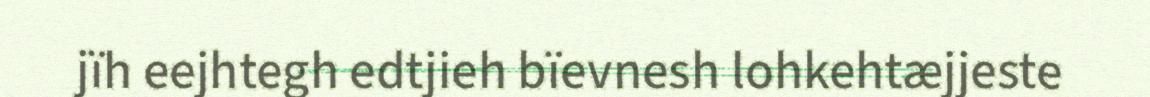
jïh eejhtegh edtjieh bïevnesh lohkehtæjjeste